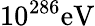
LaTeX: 10^{286}\mathrm{eV}